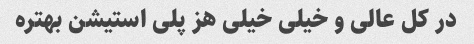
در کل عالی و خیلی خیلی هز پلی استیشن بهتره